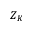
Z _ { K }